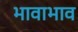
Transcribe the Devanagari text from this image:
भावाभाव